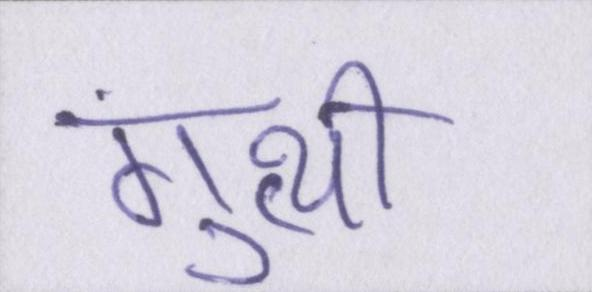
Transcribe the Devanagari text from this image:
गुत्थी